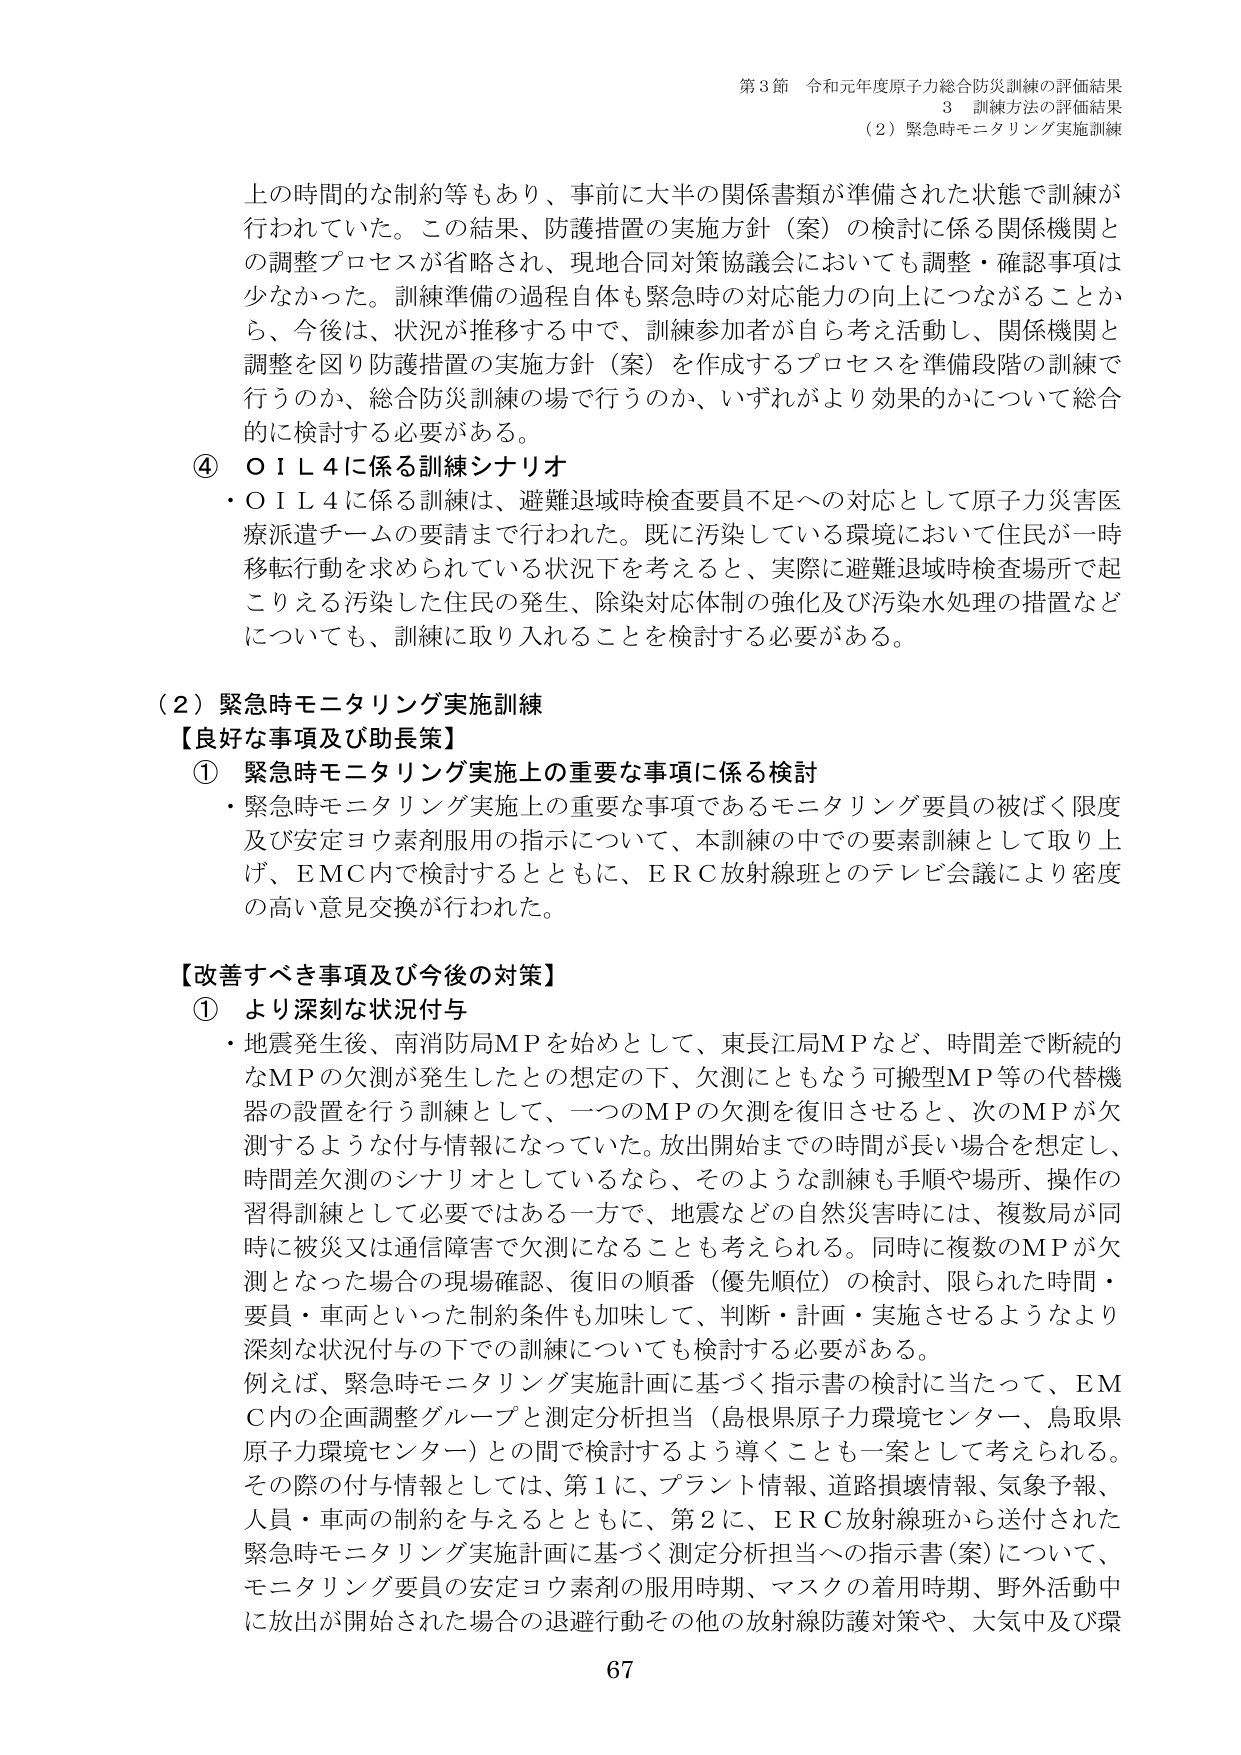
第3節 令和元年度原子力総合防災訓練の評価結果
3 訓練方法の評価結果
（2）緊急時モニタリング実施訓練

上の時間的な制約等もあり、事前に大半の関係書類が準備された状態で訓練が行われていた。この結果、防護措置の実施方針（案）の検討に係る関係機関との調整プロセスが省略され、現地合同対策協議会においても調整・確認事項は少なかった。訓練準備の過程自体も緊急時の対応能力の向上につながることから、今後は、状況が推移する中で、訓練参加者が自ら考え活動し、関係機関と調整を図り防護措置の実施方針（案）を作成するプロセスを準備段階の訓練で行うのか、総合防災訓練の場で行うのか、いずれがより効果的かについて総合的に検討する必要がある。

④ O I L 4に係る訓練シナリオ
・O I L 4に係る訓練は、避難退域時検査要員不足への対応として原子力災害医療派遣チームの要請まで行われた。既に汚染している環境において住民が一時移転行動を求められている状況下を考えると、実際に避難退域時検査場所で起こりえる汚染した住民の発生、除染対応体制の強化及び汚染水処理の措置などについても、訓練に取り入れることを検討する必要がある。

（2）緊急時モニタリング実施訓練
【良好な事項及び助長策】
① 緊急時モニタリング実施上の重要な事項に係る検討
・緊急時モニタリング実施上の重要な事項であるモニタリング要員の被ばく限度及び安定ヨウ素剤服用の指示について、本訓練の中での要素訓練として取り上げ、EMC内で検討するとともに、ERC放射線班とのテレビ会議により密度の高い意見交換が行われた。

【改善すべき事項及び今後の対策】
① より深刻な状況付与
・地震発生後、南消防局MPを始めとして、東長江局MPなど、時間差で断続的なMPの欠測が発生したとの想定の下、欠測にともなう可搬型MP等の代替機器の設置を行う訓練として、一つのMPの欠測を復旧させると、次のMPが欠測するような付与情報になっていた。放出開始までの時間が長い場合を想定し、時間差欠測のシナリオとしているなら、そのような訓練も手順や場所、操作の習得訓練として必要ではある一方で、地震などの自然災害時には、複数局が同時に被災又は通信障害で欠測になることも考えられる。同時に複数のMPが欠測となった場合の現場確認、復旧の順番（優先順位）の検討、限られた時間・要員・車両といった制約条件も加味して、判断・計画・実施させるようなより深刻な状況付与の下での訓練についても検討する必要がある。
例えば、緊急時モニタリング実施計画に基づく指示書の検討に当たって、EMC内の企画調整グループと測定分析担当（島根県原子力環境センター、鳥取県原子力環境センター）との間で検討するよう導くことも一案として考えられる。その際の付与情報としては、第1に、プラント情報、道路損壊情報、気象予報、人員・車両の制約を与えるとともに、第2に、ERC放射線班から送付された緊急時モニタリング実施計画に基づく測定分析担当への指示書（案）について、モニタリング要員の安定ヨウ素剤の服用時期、マスクの着用時期、野外活動中に放出が開始された場合の退避行動その他の放射線防護対策や、大気中及び環

67